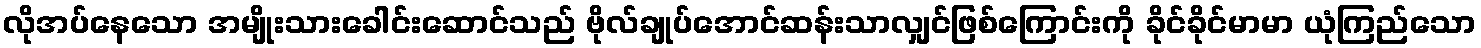
လိုအပ်နေသော အမျိုးသားခေါင်းဆောင်သည် ဗိုလ်ချုပ်အောင်ဆန်းသာလျှင်ဖြစ်ကြောင်းကို ခိုင်ခိုင်မာမာ ယုံကြည်သော